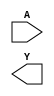
/**
 * Copyright 2020 The SkyWater PDK Authors
 *
 * Licensed under the Apache License, Version 2.0 (the "License");
 * you may not use this file except in compliance with the License.
 * You may obtain a copy of the License at
 *
 *     https://www.apache.org/licenses/LICENSE-2.0
 *
 * Unless required by applicable law or agreed to in writing, software
 * distributed under the License is distributed on an "AS IS" BASIS,
 * WITHOUT WARRANTIES OR CONDITIONS OF ANY KIND, either express or implied.
 * See the License for the specific language governing permissions and
 * limitations under the License.
 *
 * SPDX-License-Identifier: Apache-2.0
 */

`ifndef SKY130_FD_SC_HS__CLKDLYINV5SD3_SYMBOL_V
`define SKY130_FD_SC_HS__CLKDLYINV5SD3_SYMBOL_V

/**
 * clkdlyinv5sd3: Clock Delay Inverter 5-stage 0.50um length inner
 *                stage gate.
 *
 * Verilog stub (without power pins) for graphical symbol definition
 * generation.
 *
 * WARNING: This file is autogenerated, do not modify directly!
 */

`timescale 1ns / 1ps
`default_nettype none

(* blackbox *)
module sky130_fd_sc_hs__clkdlyinv5sd3 (
    //# {{data|Data Signals}}
    input  A,
    output Y
);

    // Voltage supply signals
    supply1 VPWR;
    supply0 VGND;

endmodule

`default_nettype wire
`endif  // SKY130_FD_SC_HS__CLKDLYINV5SD3_SYMBOL_V